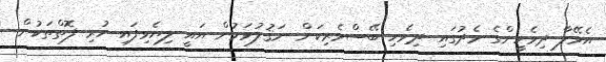
އެވޭލާ ދިވެހީންގެ މެދުގައި ދިވެހި ބޭސްވެރިކަން ނަޤުލުވަމުން އައީ ލިޔެވިފައި ހުރި ފޮތްތަކުން